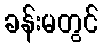
ခန်းမတွင်